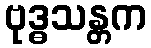
ဗုဒ္ဓသန္တက